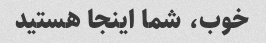
خوب، شما اینجا هستید